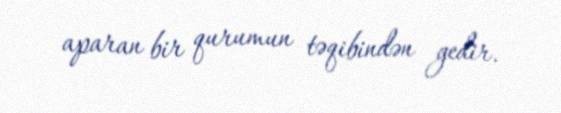
aparan bir qurumun təqibindən gedir.